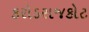
કરોડરાજકોટ